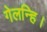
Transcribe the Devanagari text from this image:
गेलन्हि।